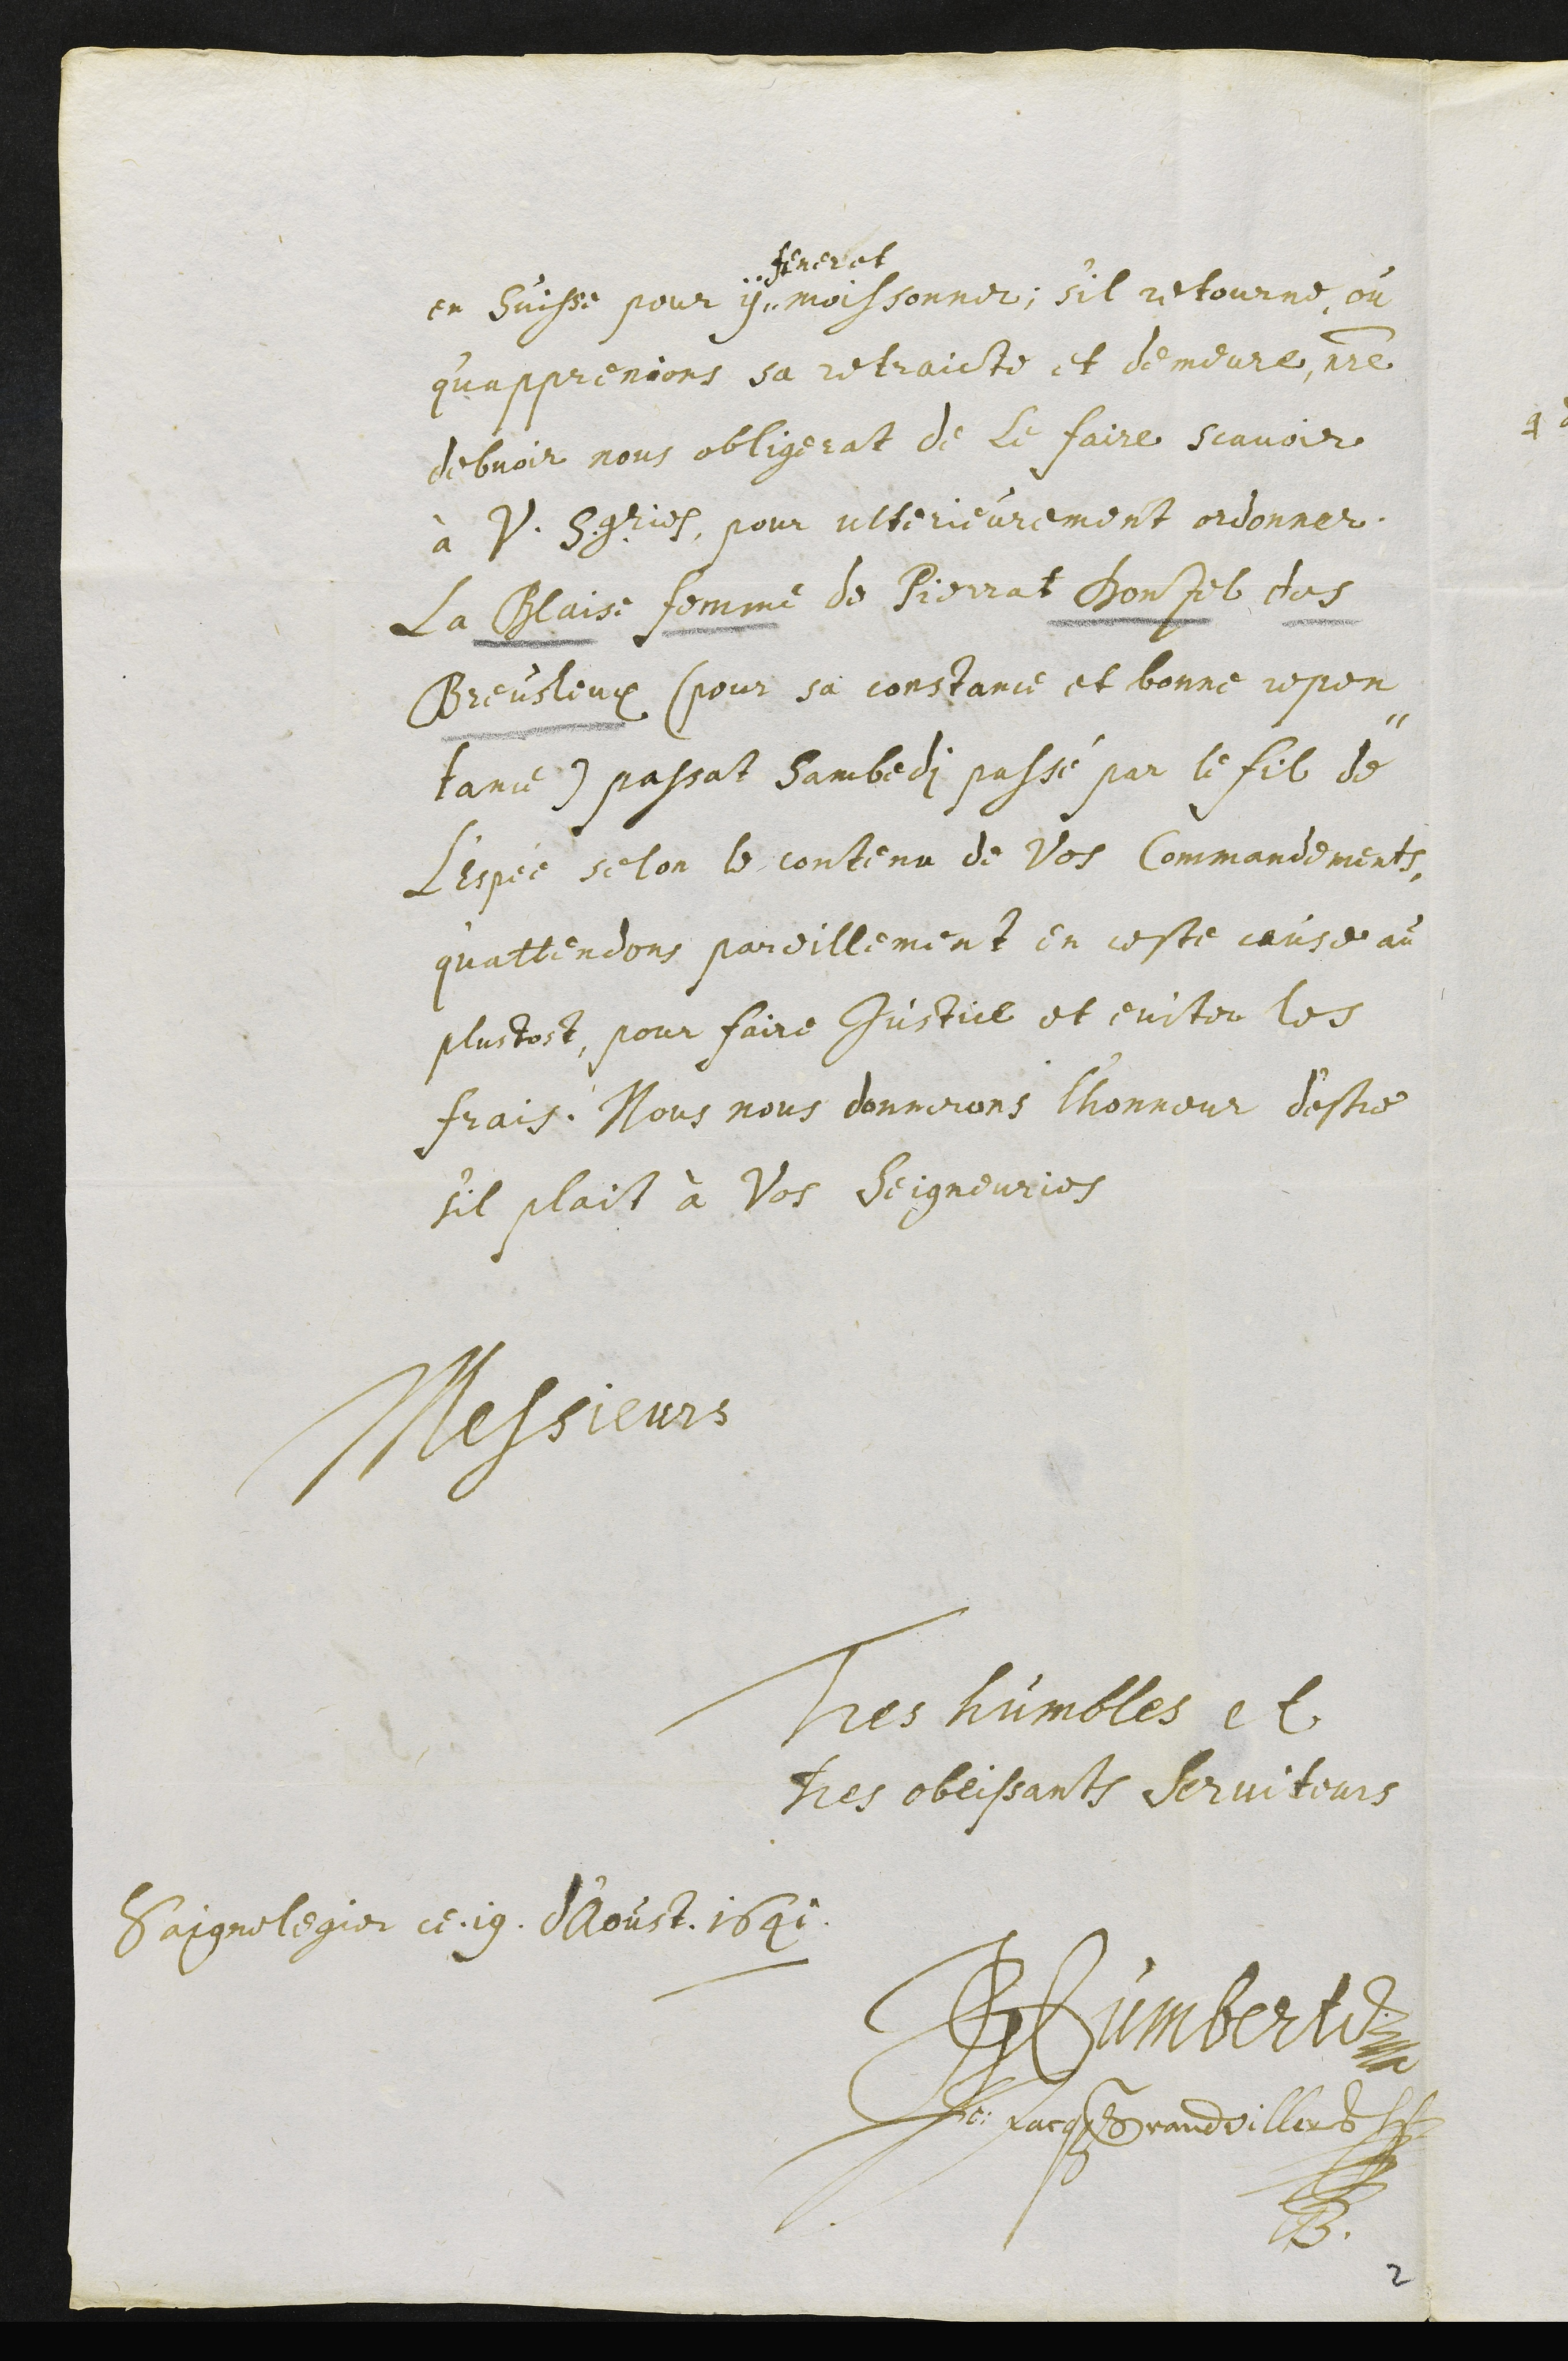
en Suisse pour y
fener et
moissonner; sil retourne, ou
qu’apprenions sa retraicte et demeure, notre
debvoir nous obligerat de le faire scavoir
à V. Sgries, pour ulterieurement ordonner.
La Blaise femme de Pierrat Donzel des
Breusleux (pour sa constance et bonne repen¬
tance) passat sambedi passé par le fil de
L'espée selon le contenu de vos Commandements
quattendons pareillement en ceste cause au
plustost, pour faire justice et eviter les
frais. Nous nous donnerons l'honneur destre
sil plait à Vos Seigneuries
Messieurs
Tres humbles et
Tres obeissants serviteurs
Saignelegier ce 19. d'Aoust 1641
Humbert
Je. Jacques Grandvillers
2